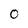
Character: O